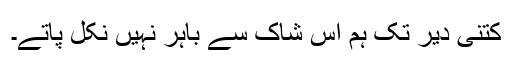
کتنی دیر تک ہم اس شاک سے باہر نہیں نکل پاتے۔